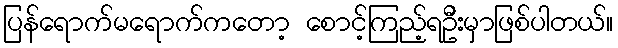
ပြန်ရောက်မရောက်ကတော့ စောင့်ကြည့်ရဦးမှာဖြစ်ပါတယ်။